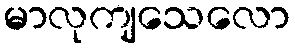
မာလုကျသေလော